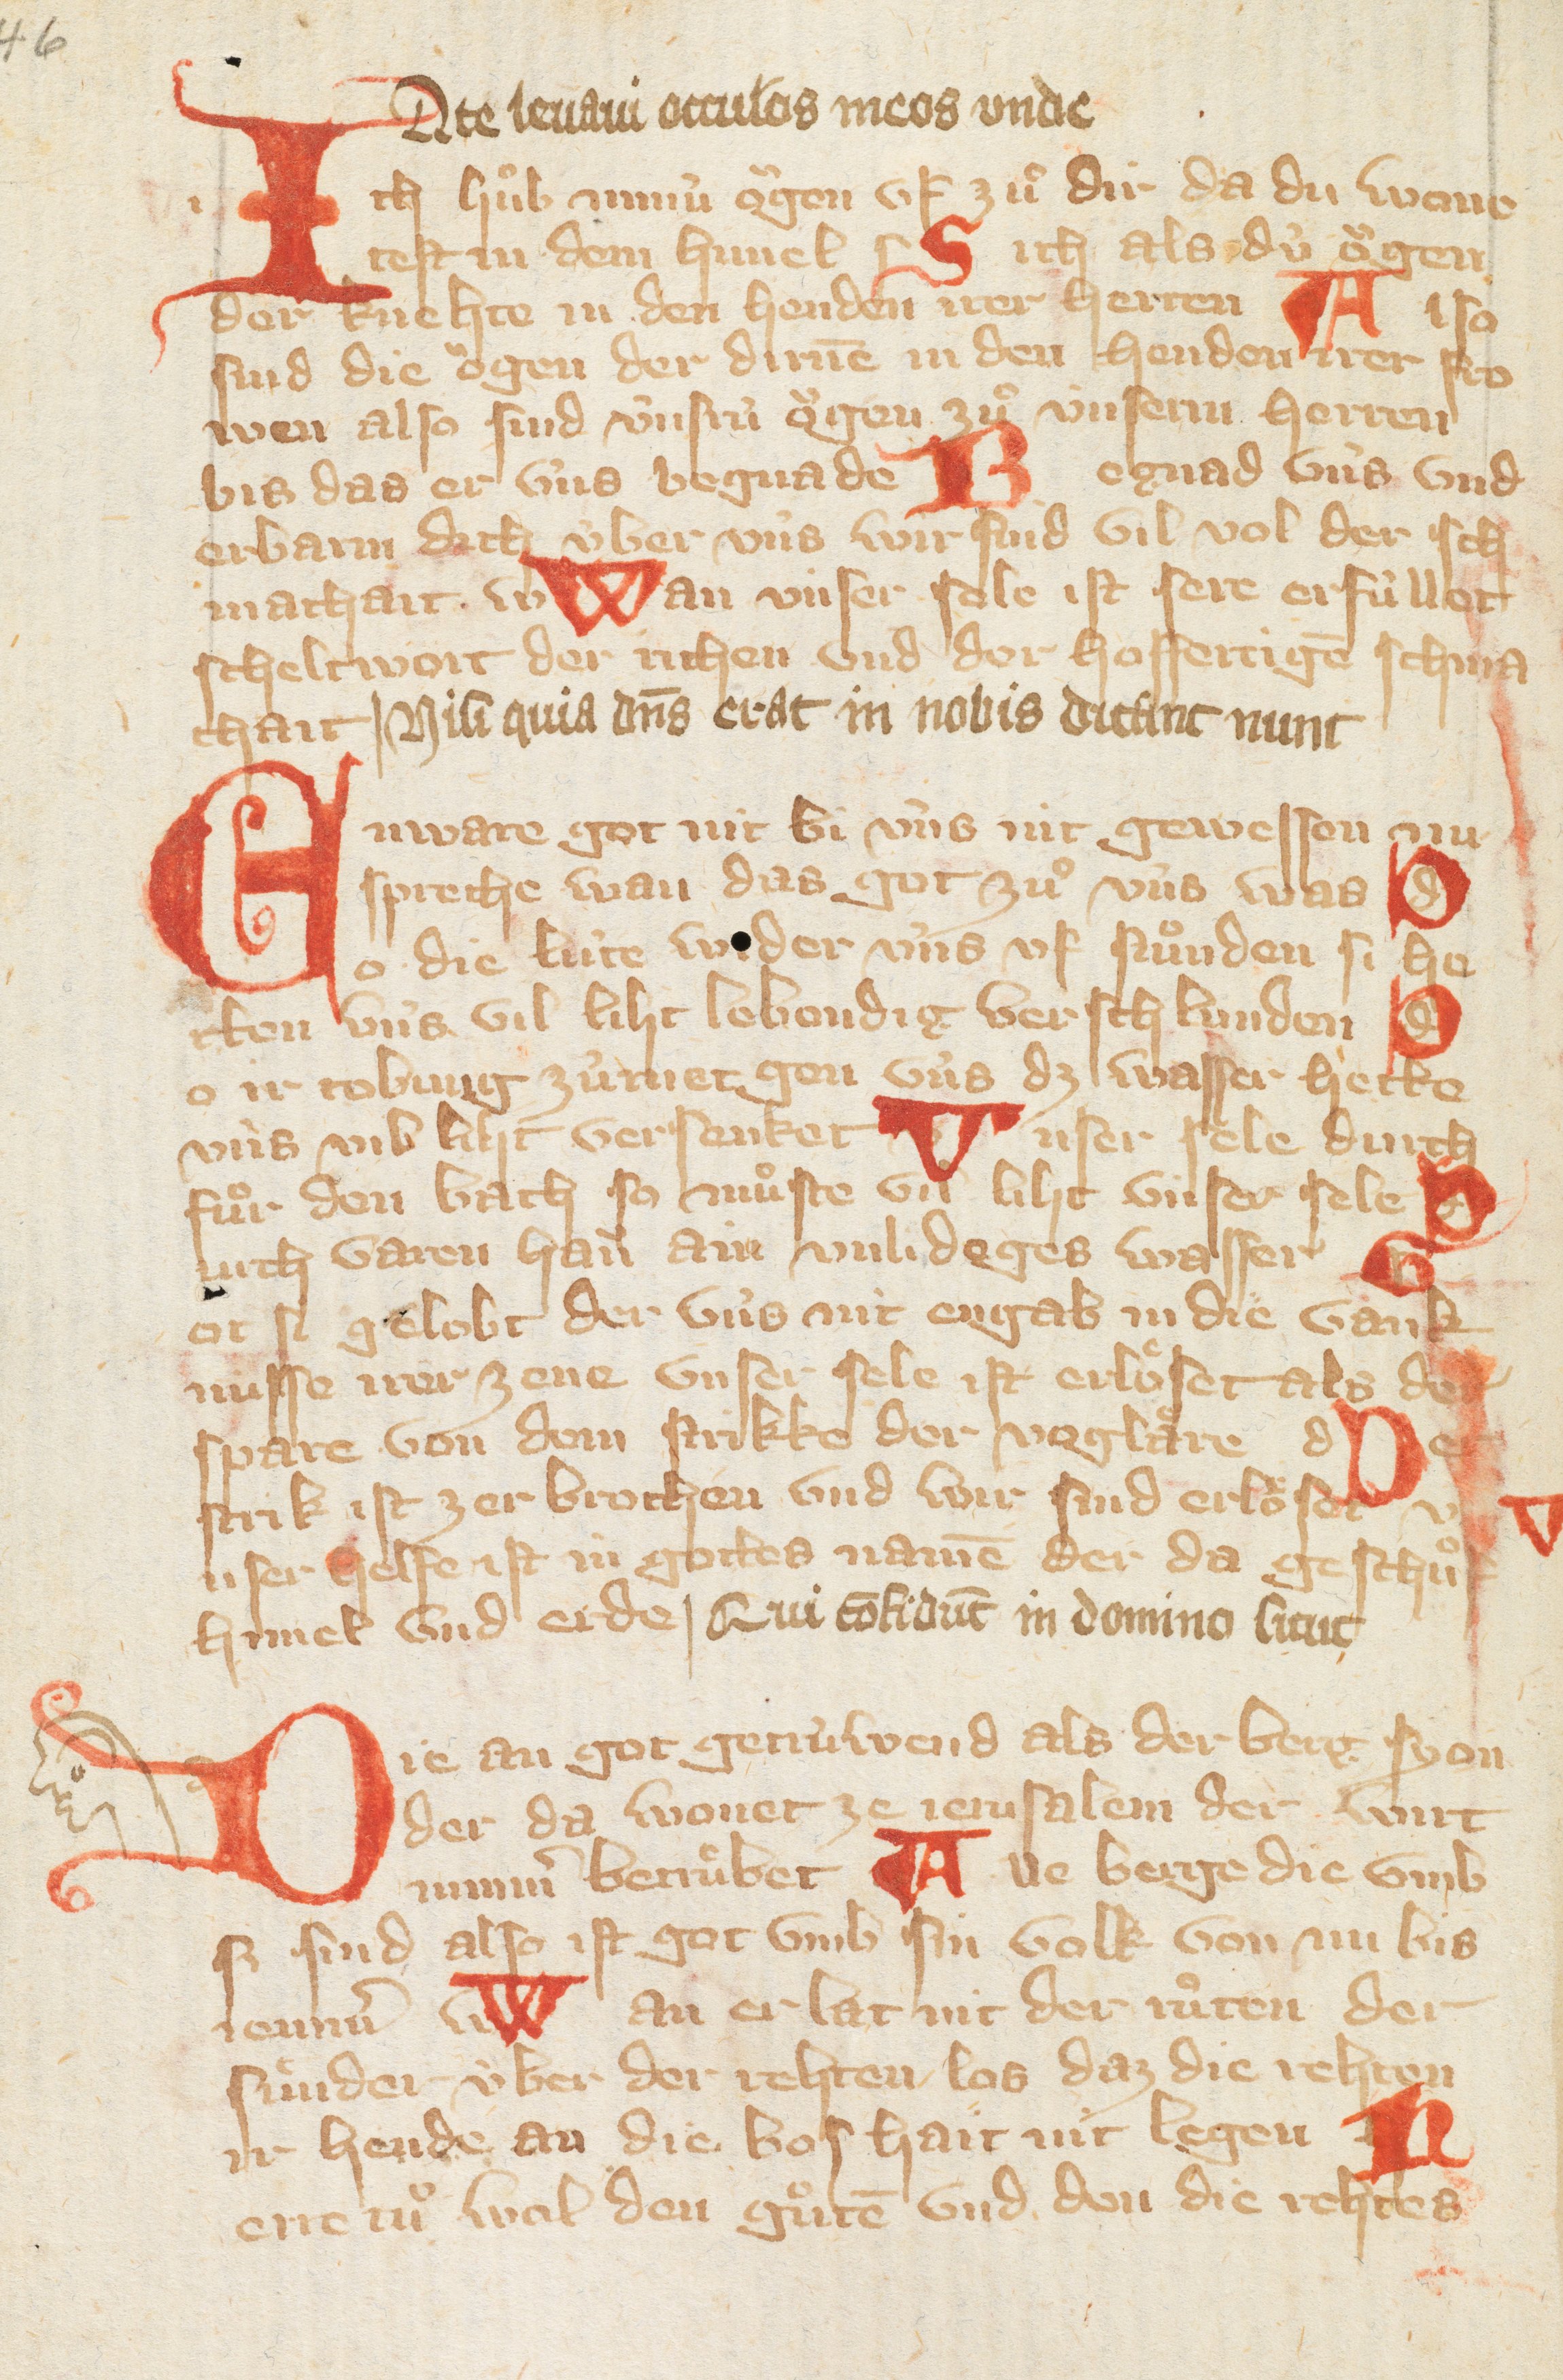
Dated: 1300–1449